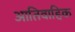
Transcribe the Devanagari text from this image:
आतिवाहिक